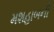
મશહાબની